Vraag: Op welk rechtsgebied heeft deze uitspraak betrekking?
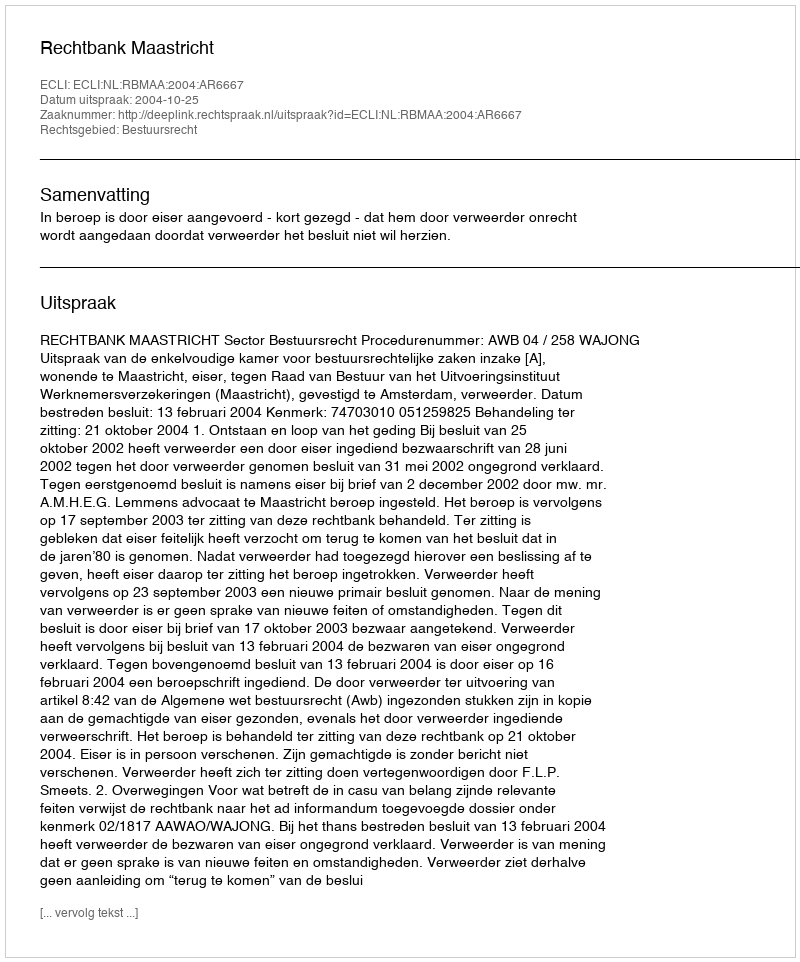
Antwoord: Bestuursrecht